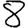
Digit: 8